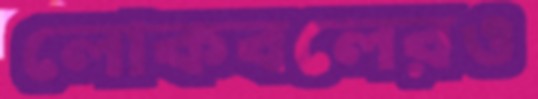
লোকবলেরও